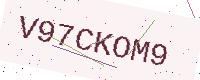
Text: V97CKOM9